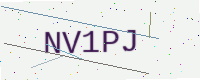
Text: NV1PJ